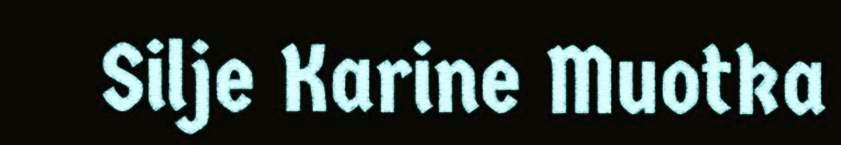
Silje Karine Muotka